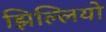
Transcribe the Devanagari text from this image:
झिल्लियो